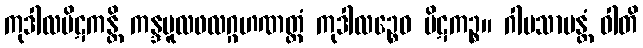
ကုဒါလပိဋကန္တိ ကန္ဒမူလဖလဂ္ဂဟဏတ္ထံ ကုဒါလဉ္စေဝ ပိဋကဉ္စ။ ဂါမသာမန္တံ ဝါတိ